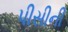
પીસીની